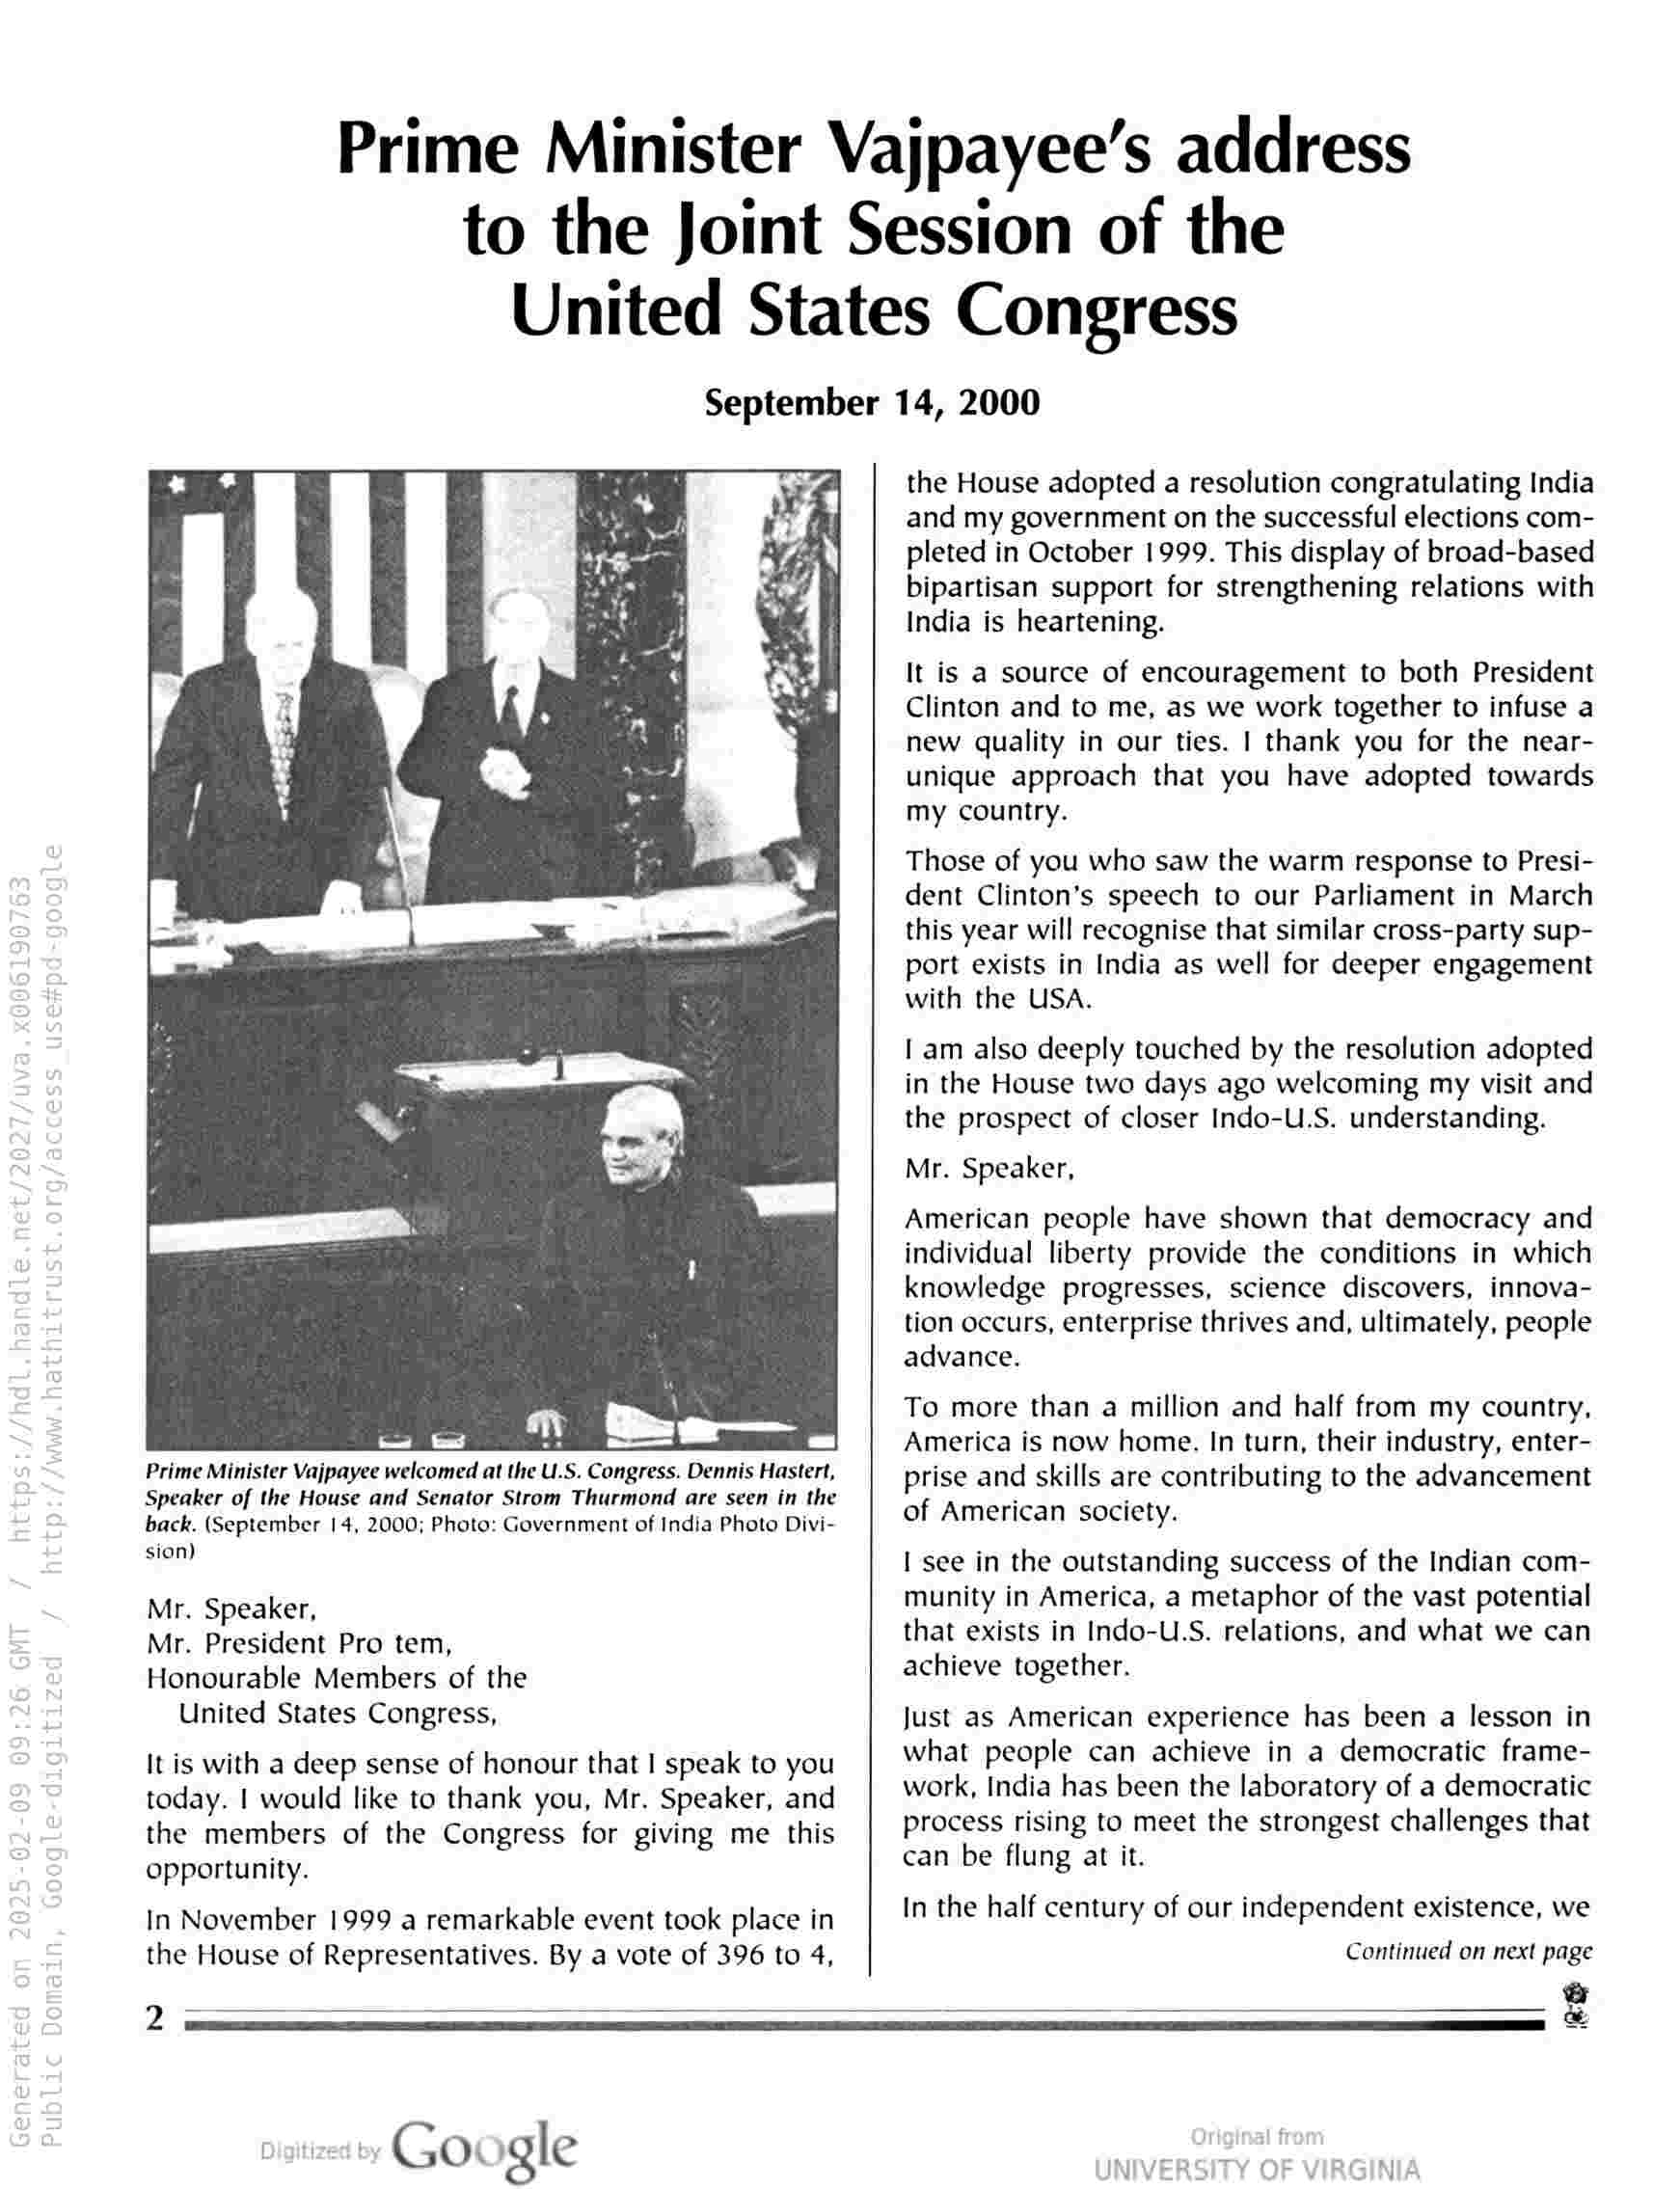
Prime Minister Vajpayee’s address
to the Joint Session of the
United States Congress

September 14, 2000

Prime Minister Vajpayee welcomed at the U.S. Congress. Dennis Hastert,
Speaker of the House and Senator Strom Thurmond are seen in the
back. (September 14, 2000; Photo: Government of India Photo Divi-
sion)

Mr. Speaker,

Mr. President Pro tem,

Honourable Members of the
United States Congress,

It is with a deep sense of honour that | speak to you
today. | would like to thank you, Mr. Speaker, and
the members of the Congress for giving me this
opportunity.

In November 1999 a remarkable event took place in
the House of Representatives. By a vote of 396 to 4,

the House adopted a resolution congratulating India
and my government on the successful elections com-
pleted in October 1999. This display of broad-based
bipartisan support for strengthening relations with
India is heartening.

It is a source of encouragement to both President
Clinton and to me, as we work together to infuse a
new quality in our ties. | thank you for the near-
unique approach that you have adopted towards
my country.

Those of you who saw the warm response to Presi-
dent Clinton’s speech to our Parliament in March
this year will recognise that similar cross-party sup-
port exists in India as well for deeper engagement
with the USA.

1 am also deeply touched by the resolution adopted
in the House two days ago welcoming my visit and
the prospect of closer Indo-U.S. understanding.

Mr. Speaker,

American people have shown that democracy and
individual liberty provide the conditions in which
knowledge progresses, science discovers, innova-
tion occurs, enterprise thrives and, ultimately, people
advance.

To more than a million and half from my country,
America is now home. In turn, their industry, enter-
prise and skills are contributing to the advancement
of American society.

I see in the outstanding success of the Indian com-
munity in America, a metaphor of the vast potential
that exists in Indo-U.S. relations, and what we can
achieve together.

Just as American experience has been a lesson in
what people can achieve in a democratic frame-
work, India has been the laboratory of a democratic
process rising to meet the strongest challenges that
can be flung at it.

In the half century of our independent existence, we
Continued on next page

Gor gle

£